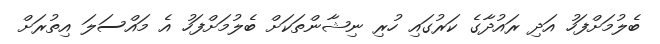
ބެލުމަށްފަހު އަދި ރައުދާގެ ކަރުގައި ހުރި ނިޝާންތަކަށް ބެލުމަށްފަހު އެ މައްސަލަ އިތުރަށް